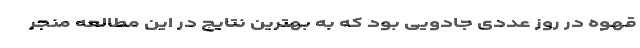
قهوه در روز عددی جادویی بود که به بهترین نتایج در این مطالعه منجر